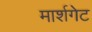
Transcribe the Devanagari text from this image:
मार्शगेट